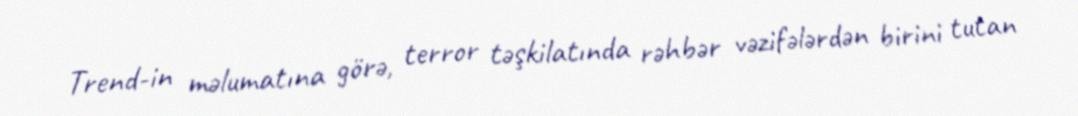
Trend-in məlumatına görə, terror təşkilatında rəhbər vəzifələrdən birini tutan